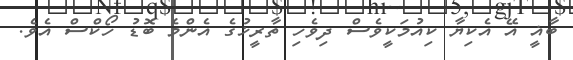
ބާޣީ އޭ އެކިޔާ ކިއުމަކީވެސް ދިވެހި ތާރީޚުގެ އެންމެ ބޮޑު ހޯކްސް އެވެ.